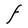
Character: F